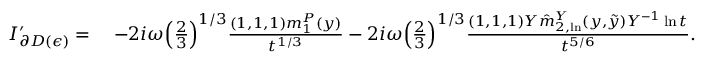
\begin{array} { r l } { I _ { \partial D ( \epsilon ) } ^ { \prime } = } & { \; - 2 i \omega \Big ( \frac { 2 } { 3 } \Big ) ^ { 1 / 3 } \frac { ( 1 , 1 , 1 ) m _ { 1 } ^ { P } ( y ) } { t ^ { 1 / 3 } } - 2 i \omega \Big ( \frac { 2 } { 3 } \Big ) ^ { 1 / 3 } \frac { ( 1 , 1 , 1 ) Y \hat { m } _ { 2 , \ln } ^ { Y } ( y , \tilde { y } ) Y ^ { - 1 } \ln t } { t ^ { 5 / 6 } } . } \end{array}